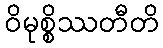
ဝိမုစ္စိဿတီတိ